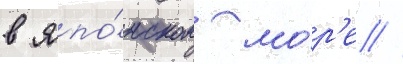
в япо́нском мо́р'е //